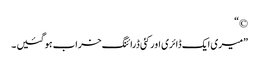
©“
”میری ایک ڈائری اورکئی ڈرائنگ خراب ہو گئیں ۔